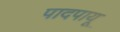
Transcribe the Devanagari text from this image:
पादपायू